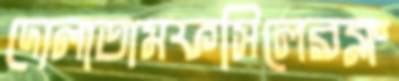
দোলাতামফসিলেরক্ল